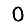
Digit: 0